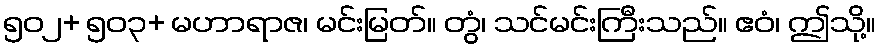
၅၀၂+ ၅၀၃+ မဟာရာဇ၊ မင်းမြတ်။ တွံ၊ သင်မင်းကြီးသည်။ ဧဝံ၊ ဤသို့။